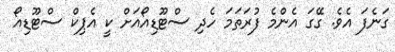
ގަނެފަ އެވެ. ގޭގަ އެންމެ ފުރަތަމަ ހެދި ސްޓޫޑިއޯއަށް ކީ އެޕިކް ސްޓޫޑިއޯ